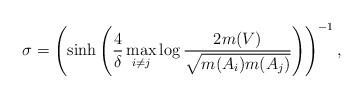
LaTeX: \begin{align*}\sigma = \left(\sinh\left(\frac{4}{\delta}\max_{i\neq j}\log\frac{2m(V)}{\sqrt{m(A_i)m(A_j)}}\right)\right)^{-1},\end{align*}